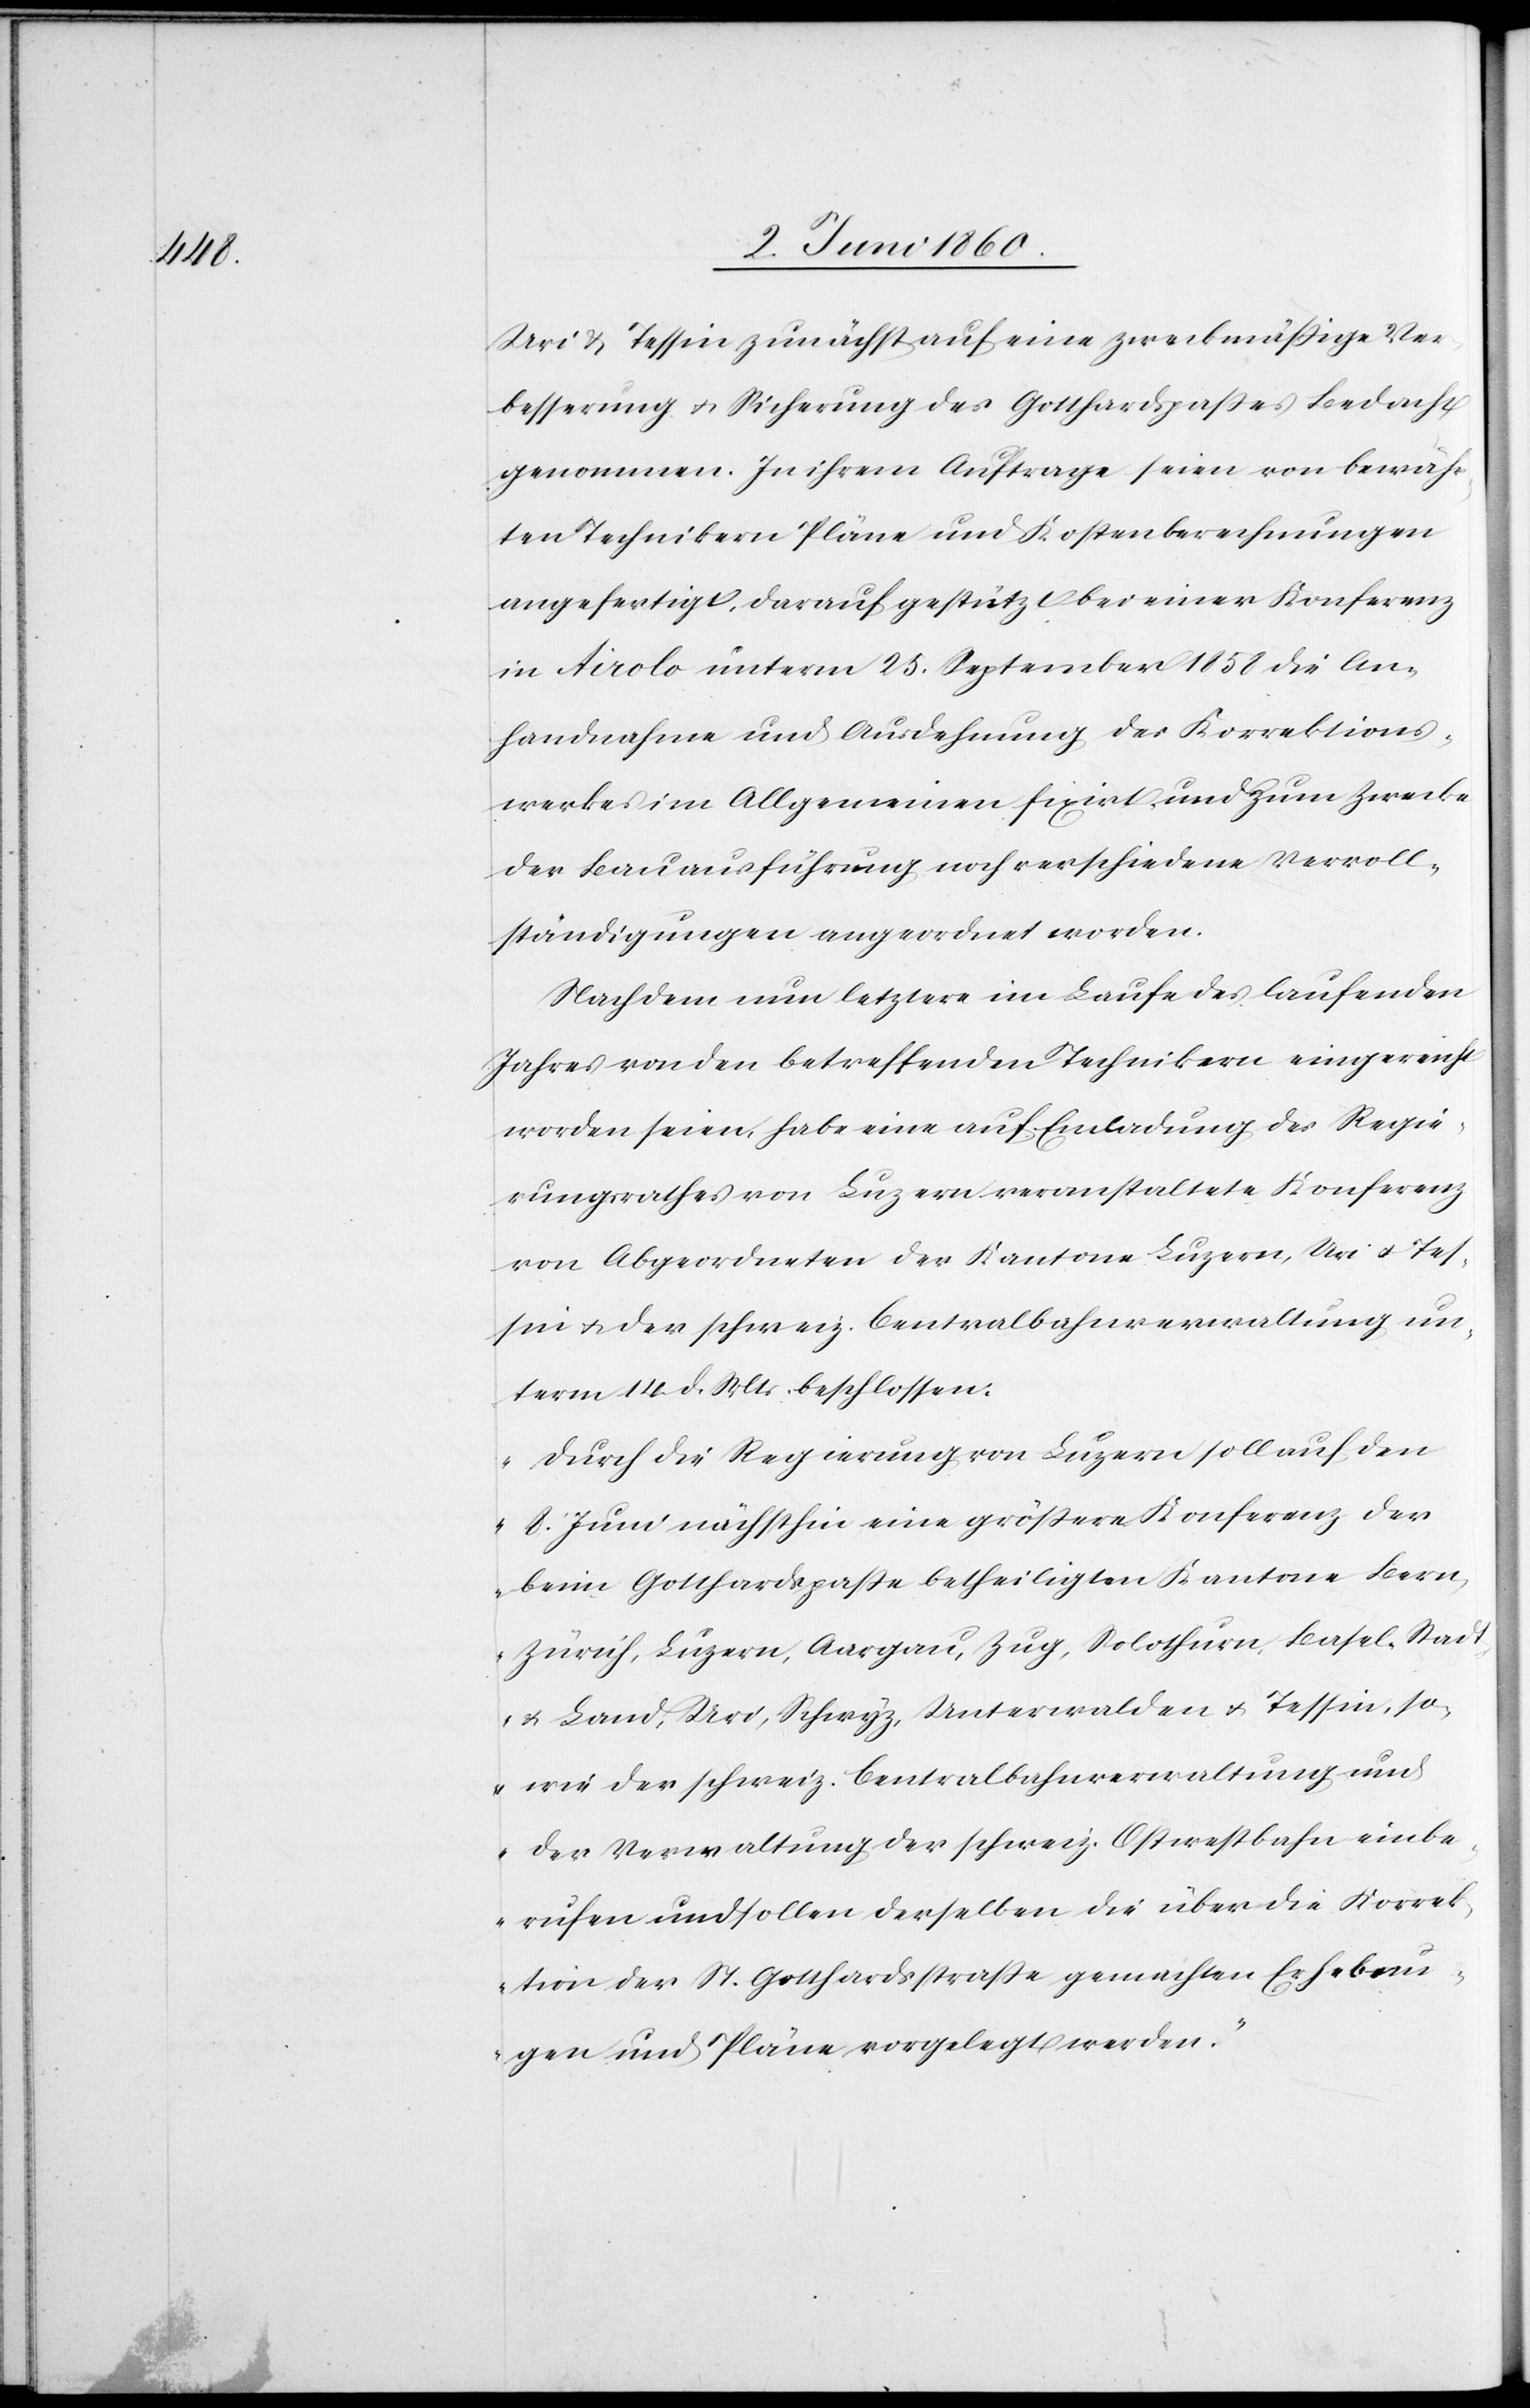
Uri u. Tessin zunächst auf eine zweckmässige Ver¬
besserung u. Sicherung des Gotthardpasses bedacht
genommen. In ihrem Auftrage seien von bewähr¬
ten Technikern Pläne und Kostenberechnungen
angefertigt, darauf gestützt bei einer Konferenz
in Airolo unterm 25. September 1858 die An¬
handnahme und Ausdehnung des Korrektions¬
werkes im Allgemeinen fixirt und zum Zwecke
der Bauausführung noch verschiedene Vervoll¬
ständigungen angeordnet worden.
Nachdem nun letztere im Laufe des laufenden
Jahres von den betreffenden Technikern eingereicht
worden seien, habe eine auf Einladung des Regie¬
rungsrathes von Luzern veranstaltete Konferenz
von Abgeordneten der Kantone Luzern, Uri u. Tes¬
sin u. der schweiz. Centralbahnverwaltung un¬
term 14. d. Mts. beschlossen:
„Durch die Regierung von Luzern soll auf den
8. Juni nächsthin eine grössere Konferenz der
beim Gotthardspasse betheiligten Kantone Bern,
Zürich, Luzern, Aargau, Zug, Solothurn, Basel, Stadt
u. Land, Uri, Schwyz, Unterwalden u. Tessin, so¬
wie der schweiz. Centralbahnverwaltung und
der Verwaltung der schweiz. Ostwestbahn einbe¬
rufen und sollen derselben die über die Korrek¬
tion der St. Gotthardstrasse gemachten Erhebun¬
gen und Pläne vorgelegt werden.“